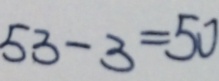
5 3 - 3 = 5 0